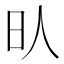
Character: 𣅁